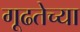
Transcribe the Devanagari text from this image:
गूढतेच्या